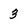
Character: 3